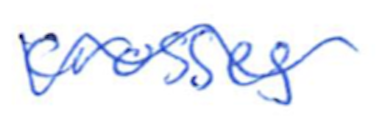
Text: crosses
Cross-out: wave
Writing tool: ballpoint